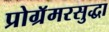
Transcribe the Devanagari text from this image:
प्रोग्रॅमरसुद्धा